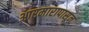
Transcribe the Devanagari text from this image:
आरमारापासून